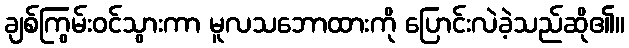
ချစ်ကြွမ်းဝင်သွားကာ မူလသဘောထားကို ပြောင်းလဲခဲ့သည်ဆို၏။